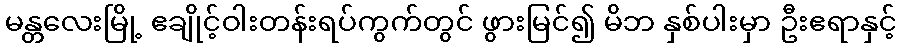
မန္တလေးမြို့ ဧချိုင့်ဝါးတန်းရပ်ကွက်တွင် ဖွားမြင်၍ မိဘ နှစ်ပါးမှာ ဦးဧရာနှင့်